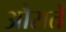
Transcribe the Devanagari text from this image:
औरातें